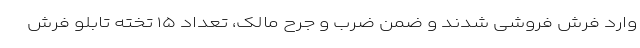
وارد فرش فروشی شدند و ضمن ضرب و جرح مالک، تعداد ۱۵ تخته تابلو فرش